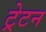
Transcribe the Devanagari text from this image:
ट्रेटन